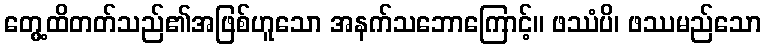
တွေ့ထိတတ်သည်၏အဖြစ်ဟူသော အနက်သဘောကြောင့်။ ဖဿံပိ၊ ဖဿမည်သော